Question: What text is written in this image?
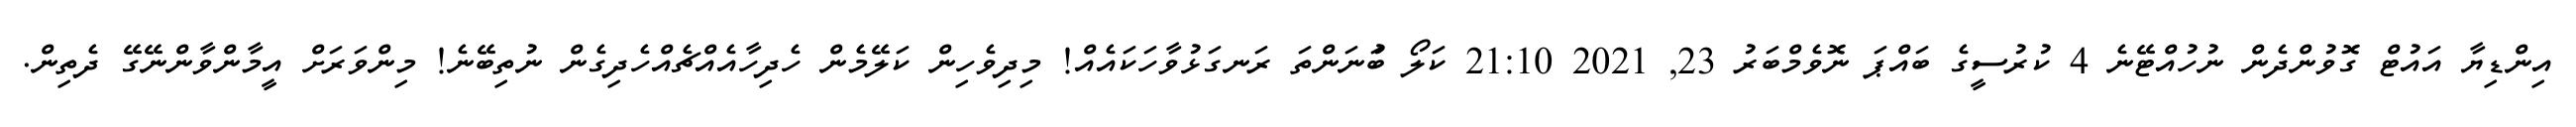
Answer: އިންޑިޔާ އައުޓް ގޮވުންދެން ނުހުއްޓޭނެ 4 ކުރުސީގެ ބައްޕަ ނޮވެމްބަރު 23, 2021 21:10 ކަލޯ ބުަނަންތަ ރަނގަޅުވާހަކައެއް! މިދިވެހިން ކަލޭމެން ހެދިހާއެއްޗެއްހެދިގެން ނުތިބޭނެ! މިންވަރަށް އީމާންވާންނޭގޭ ދެތިން.